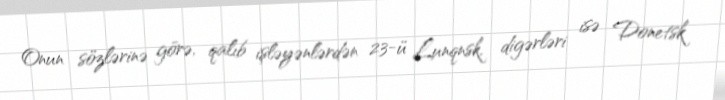
Onun sözlərinə görə, qalıb işləyənlərdən 23-ü Lunqnsk, digərləri isə Donetsk